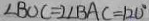
\angle B O C = 2 \angle B A C = 1 2 0 ^ { \circ }